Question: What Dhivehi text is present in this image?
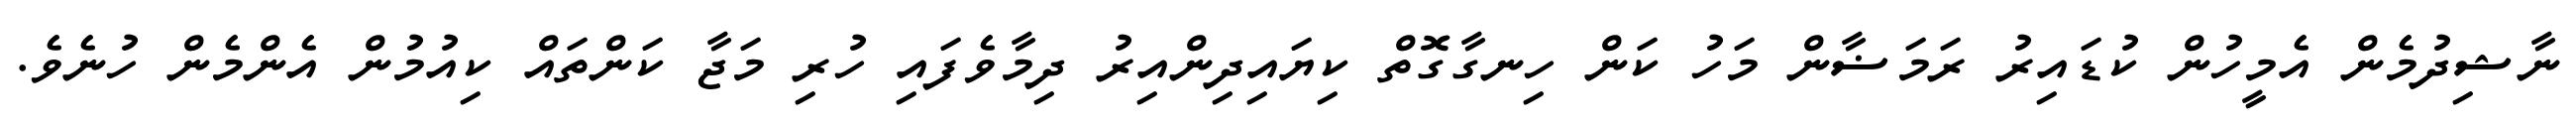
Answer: ނާޝިދުމެން އެމީހުން ކުޑައިރު ރަމަޟާން މަހު ކަން ހިނގާގޮތް ކިޔައިދިންއިރު ދިމާވެފައި ހުރި މަޖާ ކަންތައް ކިއުމުން އެންމެން ހުނެވެ.